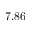
7 . 8 6